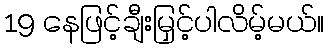
19 နေဖြင့်ချီးမြှင့်ပါလိမ့်မယ်။